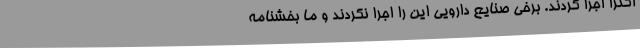
اکثرا اجرا کردند. برخی صنایع دارویی این را اجرا نکردند و ما بخشنامه